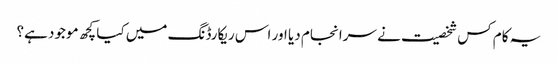
یہ کام کس شخصیت نے سرانجام دیا اور اس ریکارڈنگ میں کیا کچھ موجود ہے؟